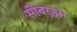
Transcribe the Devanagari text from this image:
सीबर्ड्स